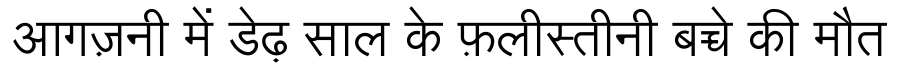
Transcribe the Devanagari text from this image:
आगज़नी में डेढ़ साल के फ़लीस्तीनी बच्चे की मौत